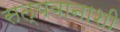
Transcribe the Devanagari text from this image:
सत्यवानाशी